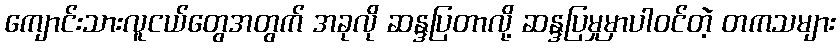
ကျောင်းသားလူငယ်တွေအတွက် အခုလို ဆန္ဒပြတာလို့ ဆန္ဒပြမှုမှာပါဝင်တဲ့ တကသများ